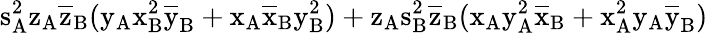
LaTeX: \mathrm{s_{A}^{2}\mathrm{z_{A}\mathrm{\overline{{z}}_{B}(\mathrm{y_{A}\mathrm{x_{B}^{2}\mathrm{\overline{{y}}_{B}+\mathrm{x_{A}\mathrm{\overline{{x}}_{B}\mathrm{y_{B}^{2})+\mathrm{z_{A}\mathrm{s_{B}^{2}\mathrm{\overline{{z}}_{B}(\mathrm{x_{A}\mathrm{y_{A}^{2}\mathrm{\overline{{x}}_{B}+\mathrm{x_{A}^{2}\mathrm{y_{A}\mathrm{\overline{{y}}_{B})}}}}}}}}}}}}}}}}}}